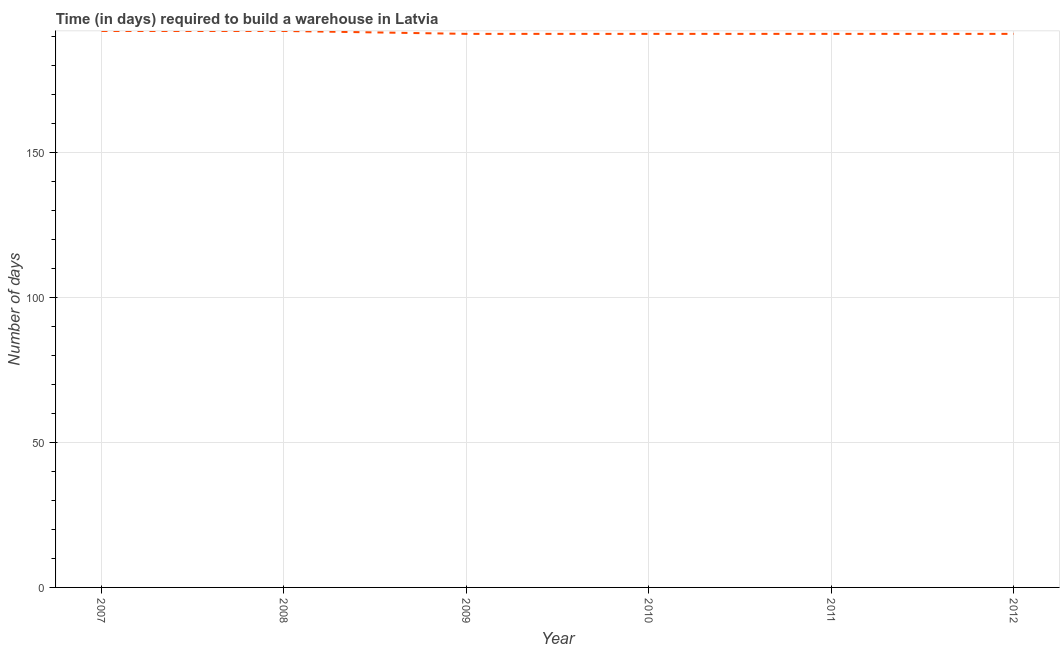
| Year | Time required to build a warehouse |
 | --- | --- |
 | 2007 | 192 |
 | 2008 | 192 |
 | 2009 | 191 |
 | 2010 | 191 |
 | 2011 | 191 |
 | 2012 | 191 |